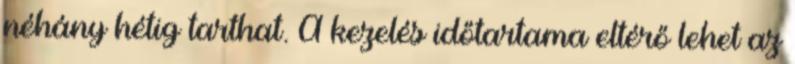
néhány hétig tarthat. A kezelés időtartama eltérő lehet az